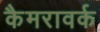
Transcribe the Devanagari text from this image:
कैमरावर्क